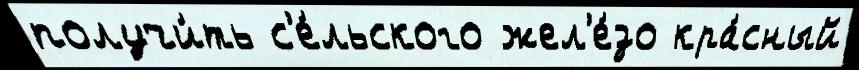
получи́ть с'е́льского жел'е́зо кра́сный